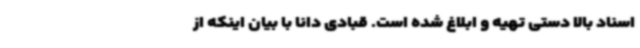
اسناد بالا دستی تهیه و ابلاغ شده است. قبادی دانا با بیان اینکه از